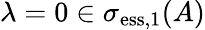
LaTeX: \lambda=0\in\sigma_{\mathrm{ess},1}(A)